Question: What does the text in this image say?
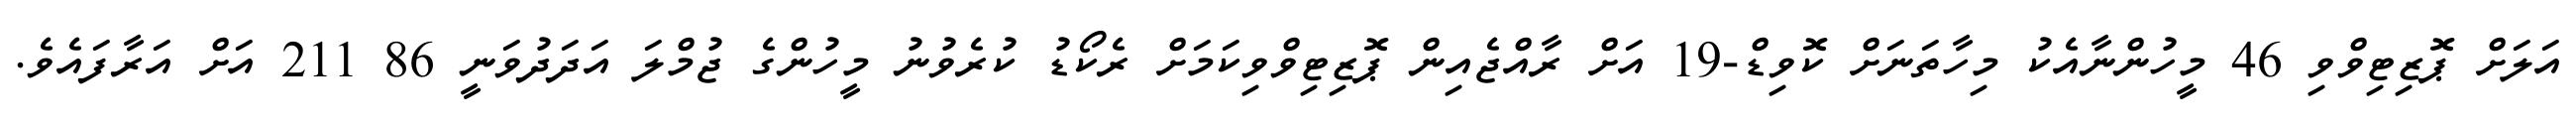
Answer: އަލަށް ޕޮޒިޓިވްވި 46 މީހުންނާއެކު މިހާތަނަށް ކޮވިޑް-19 އަށް ރާއްޖެއިން ޕޮޒިޓިވްވިކަމަށް ރެކޯޑު ކުރެވުނު މީހުންގެ ޖުމްލަ އަދަދުވަނީ 86 211 އަށް އަރާފައެވެ.